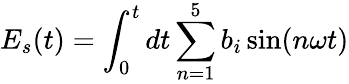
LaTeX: E_{s}(t)=\int_{0}^{t}dt\sum_{n=1}^{5}b_{i}\sin(n\omega t)